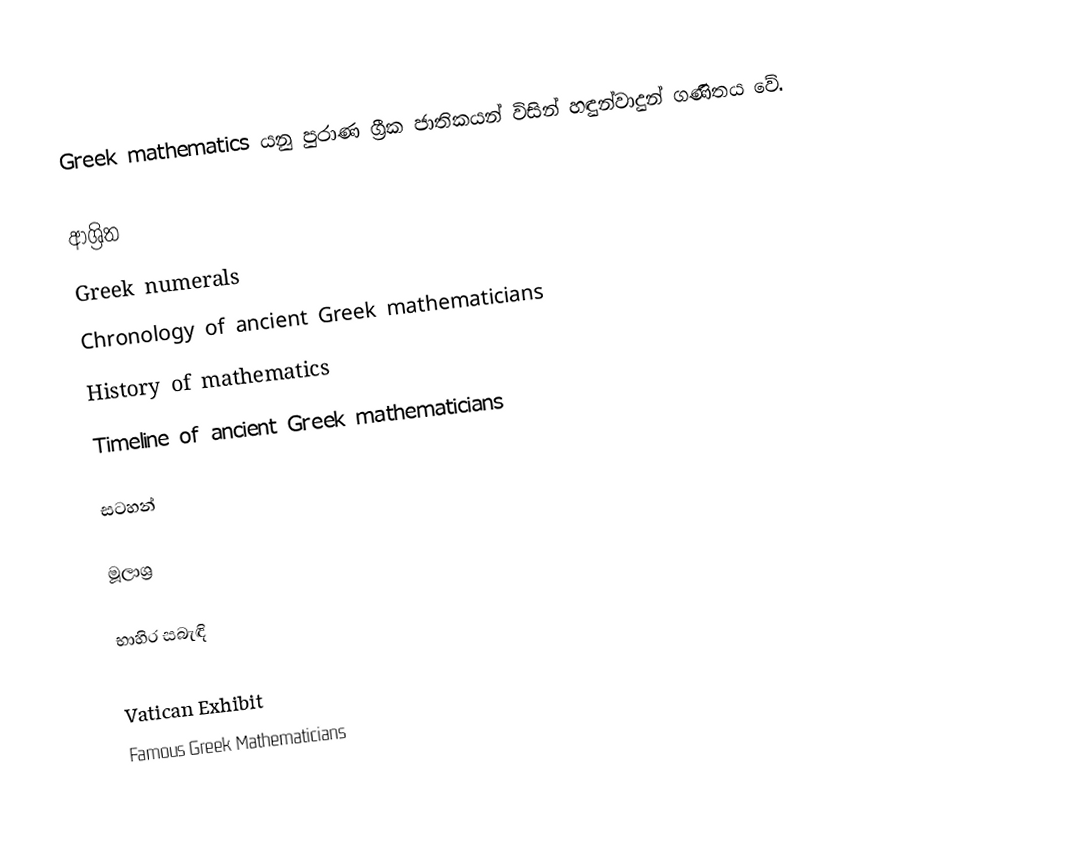
Greek mathematics යනු පුරාණ ග්‍රීක ජාතිකයන් විසින් හඳුන්වාදුන් ගණිතය වේ.

ආශ්‍රිත
 Greek numerals
 Chronology of ancient Greek mathematicians
 History of mathematics
 Timeline of ancient Greek mathematicians

සටහන්

මූලාශ්‍ර

භාහිර සබැඳි

Vatican Exhibit
Famous Greek Mathematicians